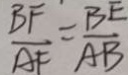
\frac { B F } { A F } = \frac { B E } { A B }